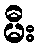
မီး